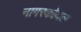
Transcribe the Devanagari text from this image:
नागरकोयल